Indian journal of veterinary science and animal husbandry - Volume 4,
Year: 1934
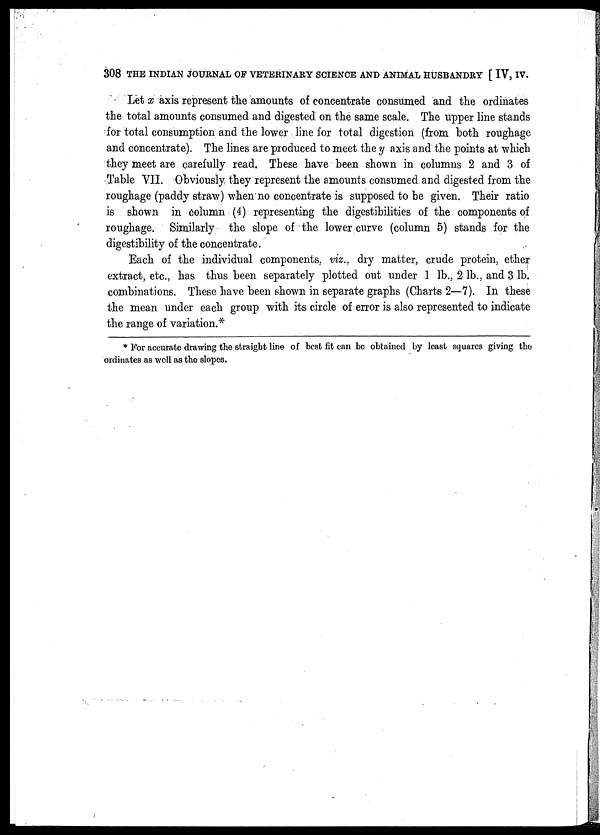
308 THE INDIAN JOURNAL OF VETERINARY SCIENCE AND ANIMAL HUSBANDRY [ IV, IV.
Let x axis represent the amounts of concentrate consumed and the ordinates
the total amounts consumed and digested on the same scale. The upper line stands
for total consumption and the lower line for total digestion (from both roughage
and concentrate). The lines are produced to meet the y axis and the points at which
they meet are carefully read. These have been shown in columns 2 and 3 of
Table VII. Obviously they represent the amounts consumed and digested from the
roughage (paddy straw) when no concentrate is supposed to be given. Their ratio
is shown in column (4) representing the digestibilities of the components of
roughage. Similarly the slope of the lower curve (column 5) stands for the
digestibility of the concentrate.
Each of the individual components, viz , dry matter, crude protein, ether
extract, etc., has thus been separately plotted out under 1 lb., 2 lb., and 3 lb.
combinations. These have been shown in separate graphs (Charts 2—7). In these
the mean under each group with its circle of error is also represented to indicate
the range of variation.*
* For accurate drawing the straight line of best fit can be obtained by least squares giving the
ordinates as well as the slopcs.